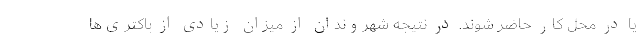
یا در محل کار حاضر شوند. در نتیجه شهروندان از میزان زیادی از باکتری‌ها